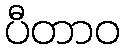
ပီတာဝ